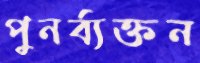
পুনর্ব্যক্তন